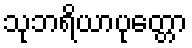
သုဘရိယာပုတ္တော